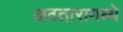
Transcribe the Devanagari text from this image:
अवतारामध्ये